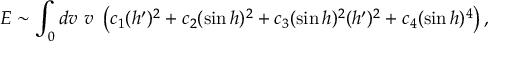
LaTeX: E \sim \int _ { 0 } d v ~ v ~ \left( c _ { 1 } ( h ^ { \prime } ) ^ { 2 } + c _ { 2 } ( \sin h ) ^ { 2 } + c _ { 3 } ( \sin h ) ^ { 2 } ( h ^ { \prime } ) ^ { 2 } + c _ { 4 } ( \sin h ) ^ { 4 } \right) ,